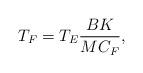
LaTeX: \begin{align*}T_F = T_E\frac{BK }{M C_F} ,\end{align*}